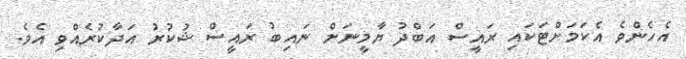
އެހެންވެ އެކަމަށްޓަކައި ރައީސް އަބްދު ޔާމީނަށް ނައިބު ރައީސް ޝުކުރު އަދާކުރެއްވި އެވެ.